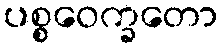
ပစ္စဝေက္ခတော